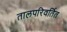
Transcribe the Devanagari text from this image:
तालपरिवर्तित